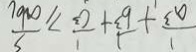
\frac { 1 } { a ^ { 3 } } + \frac { 1 } { b ^ { 3 } } + \frac { 1 } { c ^ { 3 } } \geq \frac { 3 } { a b c }